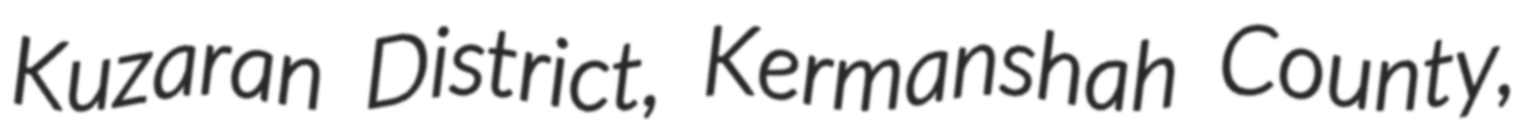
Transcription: Kuzaran District, Kermanshah County,